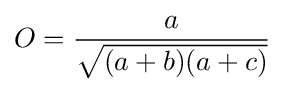
O={\frac {a}{\sqrt {(a+b)(a+c)}}}